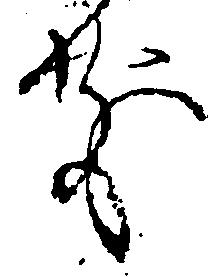
前